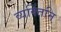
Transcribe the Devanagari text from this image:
व्यक्तिंनि